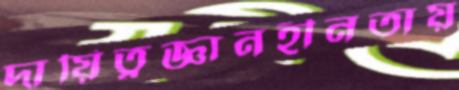
দায়িত্বজ্ঞানহীনতায়